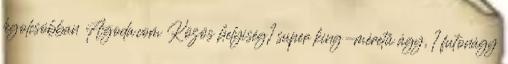
legolcsóbban Agoda.com Közös helyiség1 super king-méretű ágy, 1 futonágy